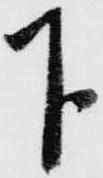
下